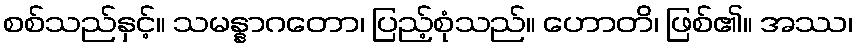
စစ်သည်နှင့်။ သမန္နာဂတော၊ ပြည့်စုံသည်။ ဟောတိ၊ ဖြစ်၏။ အဿ၊